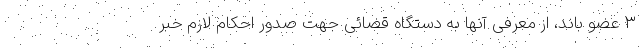
۳ عضو باند، از معرفی آنها به دستگاه قضائی جهت صدور احکام لازم خبر